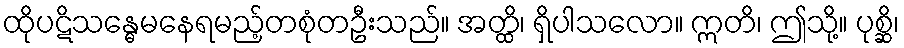
ထိုပဋိသန္ဓေမနေရမည့်တစုံတဦးသည်။ အတ္ထိ၊ ရှိပါသလော။ ဣတိ၊ ဤသို့။ ပုစ္ဆိ၊